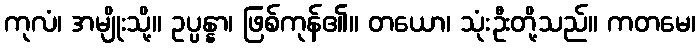
ကုလံ၊ အမျိုးသို့။ ဥပ္ပန္နာ၊ ဖြစ်ကုန်၏။ တယော၊ သုံးဦးတို့သည်။ ကတမေ၊